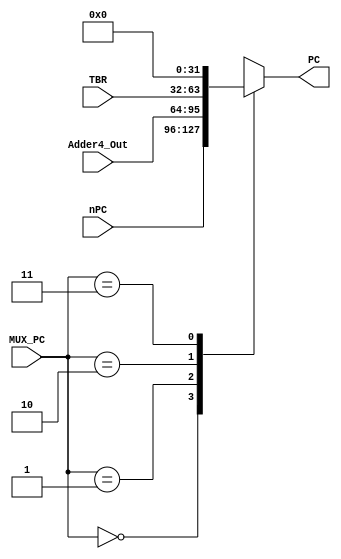
module Multiplexer_PC (
						output reg [31:0] PC,
						input [31:0] nPC,
						input [31:0] Adder4_Out,
						input [31:0] TBR,
						input [1:0] MUX_PC
						);
	
	always @*
		begin
		case (MUX_PC)
			2'b00:	// nPC
				begin
				PC = nPC;
				end
			2'b01:	// nPC + 4
				begin
				PC = Adder4_Out;
				end
			2'b10:	// TBR
				begin
				PC = TBR;
				end
			2'b11:	// Constant 0, from Reset trap
				begin
				PC = 32'h0;
				end
		endcase
		end
endmodule